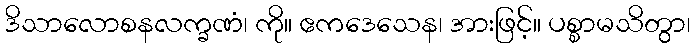
ဒိသာလောစနလက္ခဏံ၊ ကို။ ဧကဒေသေန၊ အားဖြင့်။ ပစ္စာမသိတွာ၊